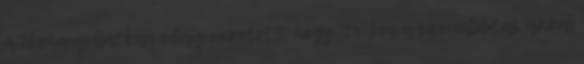
a közhangulatban odáig vezetett, hogy '94-ben a szocialisták azzal